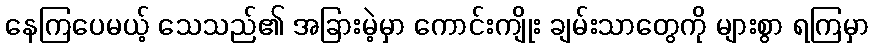
နေကြပေမယ့် သေသည်၏ အခြားမဲ့မှာ ကောင်းကျိုး ချမ်းသာတွေကို များစွာ ရကြမှာ